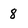
Character: 8